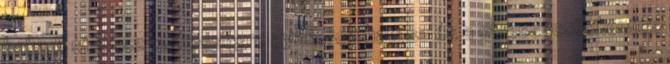
baba A stressz terhességre gyakorolt hatása és a stresszcsökkentés